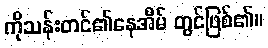
ကိုသန်းတင်၏နေအိမ် တွင်ဖြစ်၏။